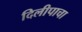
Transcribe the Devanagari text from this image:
दिलीपाचा